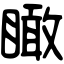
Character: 瞰